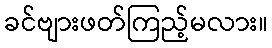
ခင်ဗျားဖတ်ကြည့်မလား။